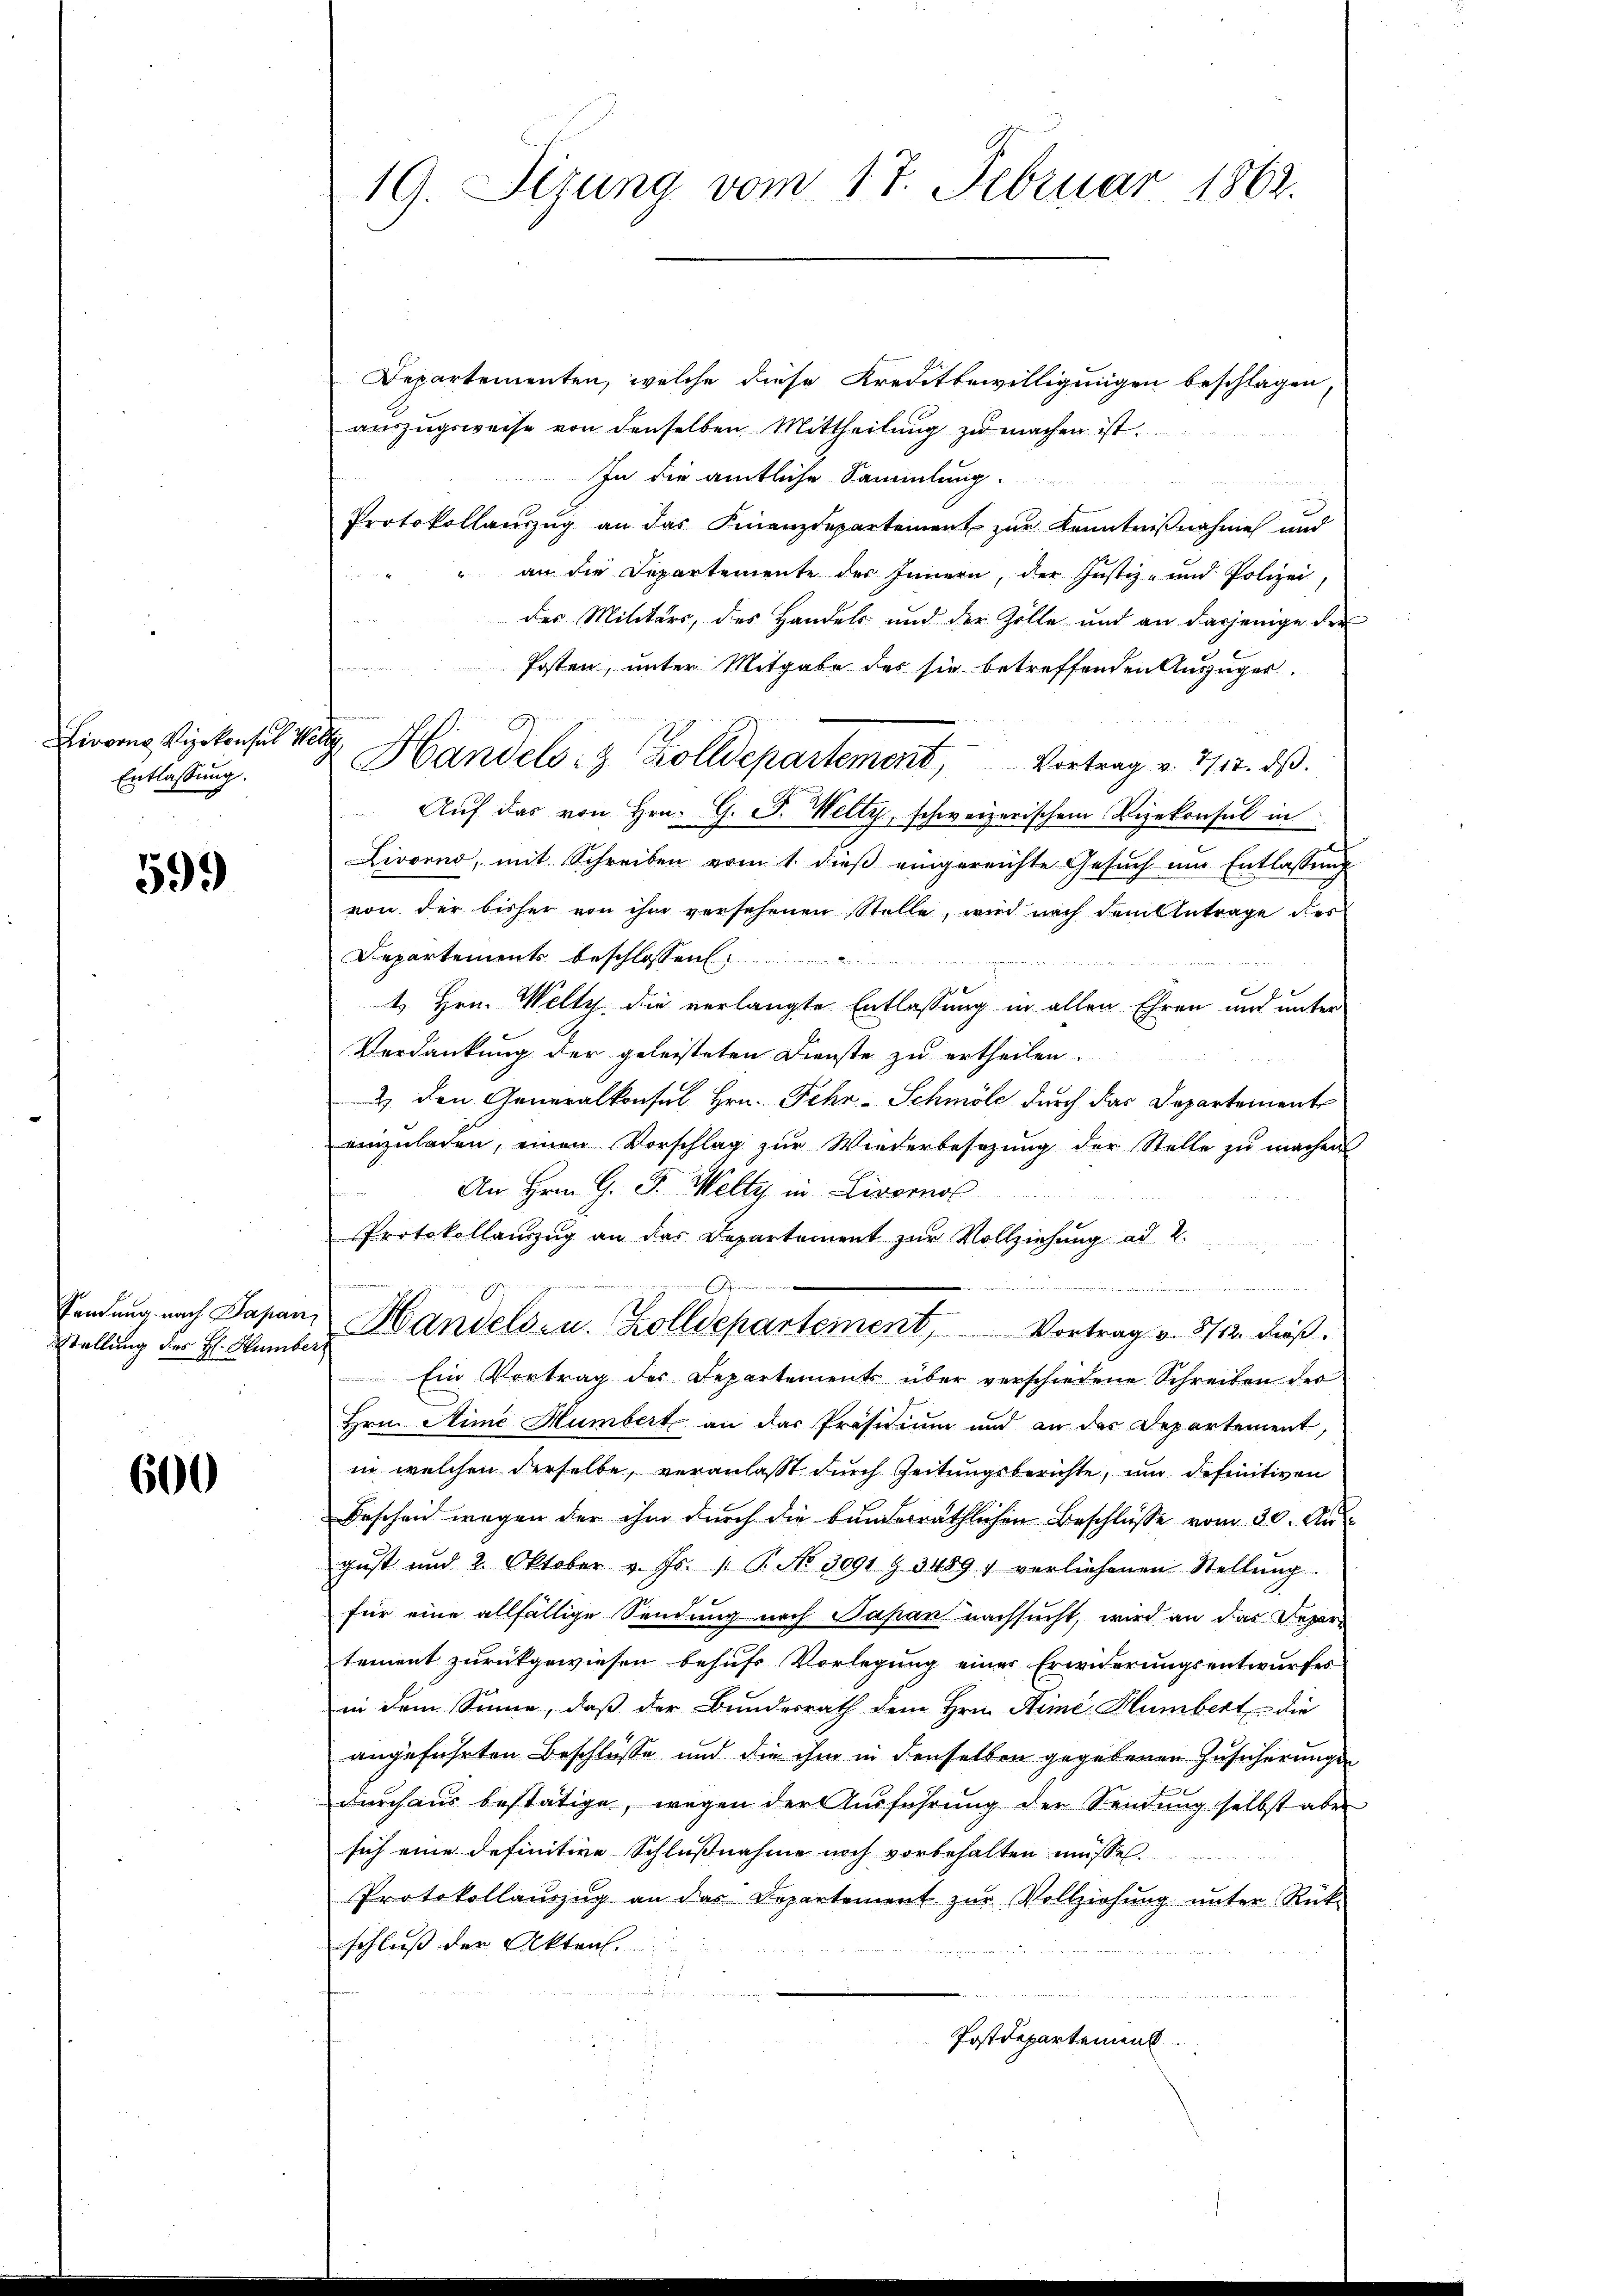
Livorno Vizekonsul Will
Entlassung.

599)

Stellung des H. Humber

600

19. Jezung vom 17. Februar 1862.

Departementen, welche diese Kreditbewilligungen beschlagen,
aŭszŭgsweise von denselben Mittheilŭng zŭ machen ist.
In die amtliche Sammlung.
Protokollauszug an das Finanzdepartement zur Kenntnißnahme und
 an die Departemente des Innern, der Justiz- und Polizei
des Militärs, des Handels und der Zelle und an dasjenige der
n
Posten, unter Mitgabe des sie betreffenden Auszuges.
Handels- & Zolldepartement, Vortrag v. 312. ds.
Aŭf das von Hrn. G. J. Welty, schweizerischem Vizekonsul in
Livorno, mit Schreiben vom 1. dieß eingereichte Gesuch um Entlassung
von der bisher von ihm versehenen Stelle, wird nach dem Antrage des
Departements beschlossen

1. Hrn. Welty. die verlangte Entlassung in allen Ehren und unter
Verdankung der geleisteten Dienste zu ertheilen.
2) den Generalkonsul Hrn. Fehr-Schmöle durch das Departement
einzŭladen, einen Vorschlag zŭr Wiederbesetzŭng der Stelle zŭ machen
An Hrn. G. P. Welty in Livornos
Protokollauszug an das Departement zur Vollziehung ad 2.
2
iis er mit einer ersten eine
E
Sendung nach Papan, Handels zu. Zolldepartement, Vortrag v. 8712. dieß.
Ein Vortrag des Departements über verschiedene Schreiben der
Hrn. Mime Humbert an das Präsidium und an das Departement,
in welchen derselbe, veranlaßt durch Zeitungsberichte, und definitiven
Bescheid wegen der ihm durch die bunderräthlichen Beschlüsse vom 30. Aus
gust und 2. Oktober v. Js. 1. P. No. 3091 & 34891 verliehenen Stellŭng
für eine allfällige Sendung nach Papan nachsucht, wird an das Depar-
tement zurückgewiesen behufs Vorlegung einer Erwiderungsentwurfes
in dem Sinne, daß der Bundesrath dem Hrn. Sime Humbert die
angeführten Beschlüsse und die ihm in denselben gegebenen Zusicherungen
durchaus bestätige, wegen der Ausführung der Sendung selbst aber
sich eine definitive Schlußnahme noch vorbehalten müssen.
Protokollaŭszŭg an das Departement zŭr Vollziehŭng ŭnter Rück-
schluss der Akten.
d
Postdepartement